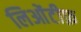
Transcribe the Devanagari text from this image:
लिओंटीफ़